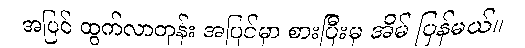
အပြင် ထွက်လာတုန်း အပြင်မှာ စားပြီးမှ အိမ် ပြန်မယ်။